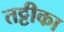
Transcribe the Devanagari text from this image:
तट्टीका